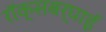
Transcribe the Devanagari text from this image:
रॉक्सबर्घाई